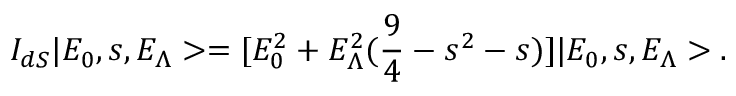
I _ { d S } | E _ { 0 } , s , E _ { \Lambda } > = [ E _ { 0 } ^ { 2 } + E _ { \Lambda } ^ { 2 } ( \frac { 9 } { 4 } - s ^ { 2 } - s ) ] | E _ { 0 } , s , E _ { \Lambda } > .